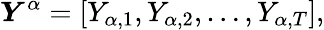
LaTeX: \boldsymbol{Y}^{\alpha}=[Y_{\alpha,1},Y_{\alpha,2},\ldots,Y_{\alpha,T}],